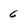
Character: 6